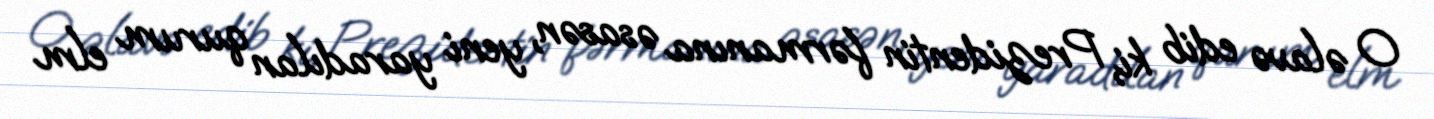
O əlavə edib ki, Prezidentin fərmanına əsasən, yeni yaradılan qurum elm